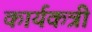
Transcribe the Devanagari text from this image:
कार्यकत्री